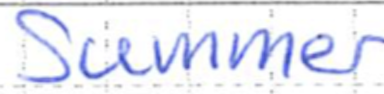
Text: Summer
Cross-out: clean
Writing tool: ballpoint